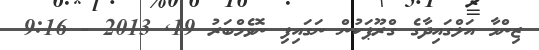
ޒިންމާ އަލްގައިދާގެ ގްރޫޕަކުން ނަގައިފި ނޮވެމްބަރު 19